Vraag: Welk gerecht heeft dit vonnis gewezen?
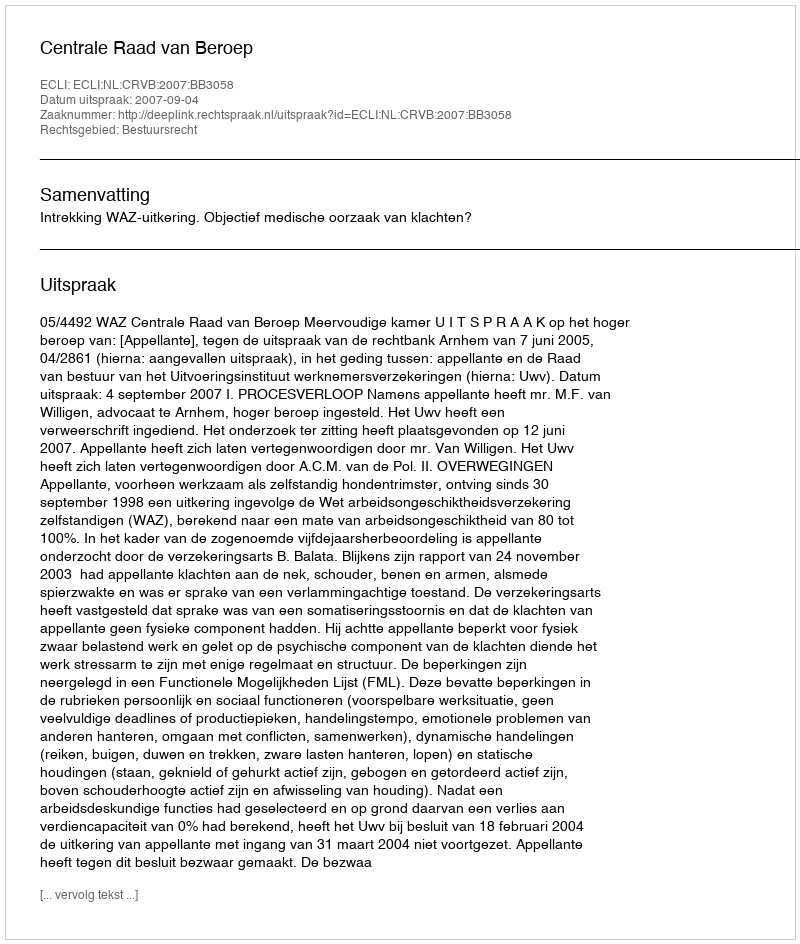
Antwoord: Centrale Raad van Beroep